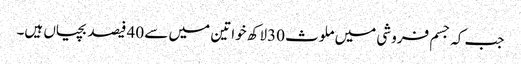
جب کہ جسم فروشی میں ملوث 30لاکھ خواتین میں سے 40 فیصد بچیاں ہیں۔